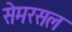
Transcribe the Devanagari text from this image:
सेमरसल